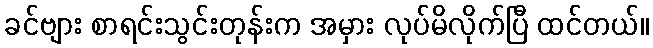
ခင်ဗျား စာရင်းသွင်းတုန်းက အမှား လုပ်မိလိုက်ပြီ ထင်တယ်။